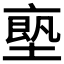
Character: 𠅴